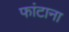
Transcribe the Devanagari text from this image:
फांटाना